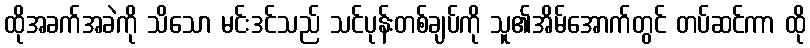
ထိုအခက်အခဲကို သိသော မင်းဒင်သည် သင်ပုန်းတစ်ချပ်ကို သူ၏အိမ်အောက်တွင် တပ်ဆင်ကာ ထို